Indian journal of veterinary science and animal husbandry - Volume 2,
Year: 1932
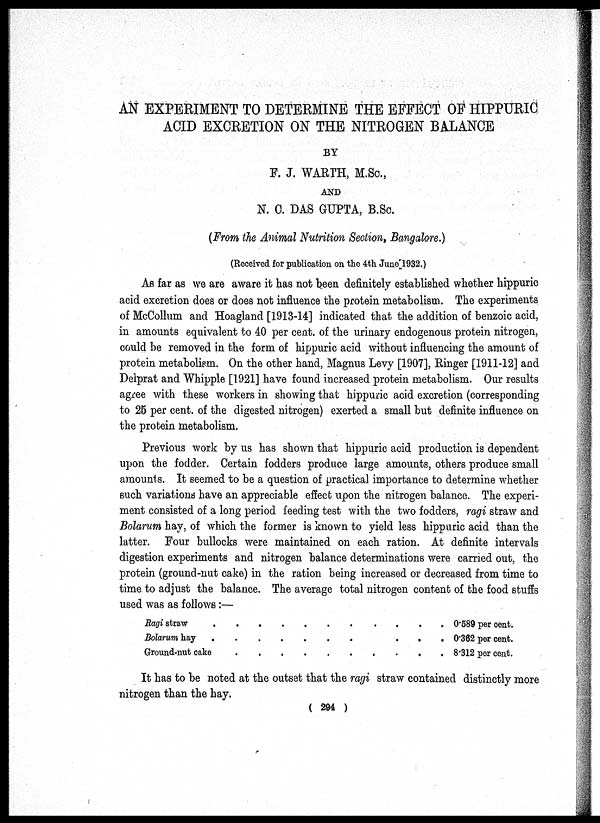
AN EXPERIMENT TO DETERMINE THE EFFECT OF HIPPURIC
ACID EXCRETION ON THE NITROGEN BALANCE
BY
F. J. WARTH, M.Sc.,
AND
N. C. DAS GUPTA, B.Sc.
(From the Animal Nutrition Section, Bangalore.)
(Received for publication on the 4th June, 1932.)
As far as we are aware it has not been definitely established whether hippuric
acid excretion does or does not influence the protein metabolism. The experiments
of McCollum and Hoagland [1913-14] indicated that the addition of benzoic acid,
in amounts equivalent to 40 per cent. of the urinary endogenous protein nitrogen,
could be removed in the form of hippuric acid without influencing the amount of
protein metabolism. On the other hand, Magnus Levy [1907], Ringer [1911-12] and
Delprat and Whipple [1921] have found increased protein metabolism. Our results
agree with these workers in showing that hippuric acid excretion (corresponding
to 25 per cent. of the digested nitrogen) exerted a small but definite influence on
the protein metabolism.
Previous work by us has shown that hippuric acid production is dependent
upon the fodder. Certain fodders produce large amounts, others produce small
amounts. It seemed to be a question of practical importance to determine whether
such variations have an appreciable effect upon the nitrogen balance. The experi-
ment consisted of a long period feeding test with the two fodders, ragi straw and
Bolarum hay, of which the former is known to yield less hippuric acid than the
latter. Four bullocks were maintained on each ration. At definite intervals
digestion experiments and nitrogen balance determinations were carried out, the
protein (ground-nut cake) in the ration being increased or decreased from time to
time to adjust the balance. The average total nitrogen content of the food stuffs
used was as follows :—
Ragi straw
Bolarum hay
.
.
Ground-nut cake
.
.
.
.
.
.
.
.
.
.
.
.
.
.
.
.
.
.
.
.
.
.
.
.
.
.
.
.
.
.
0.589 per cent.
0.362 per cent.
8.312 per cent.
It has to be noted at the outset that the ragi straw contained distinctly more
nitrogen than the hay.
( 294 )